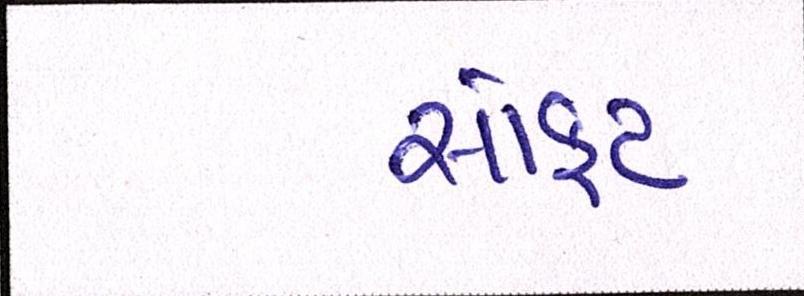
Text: સોફ્ટ